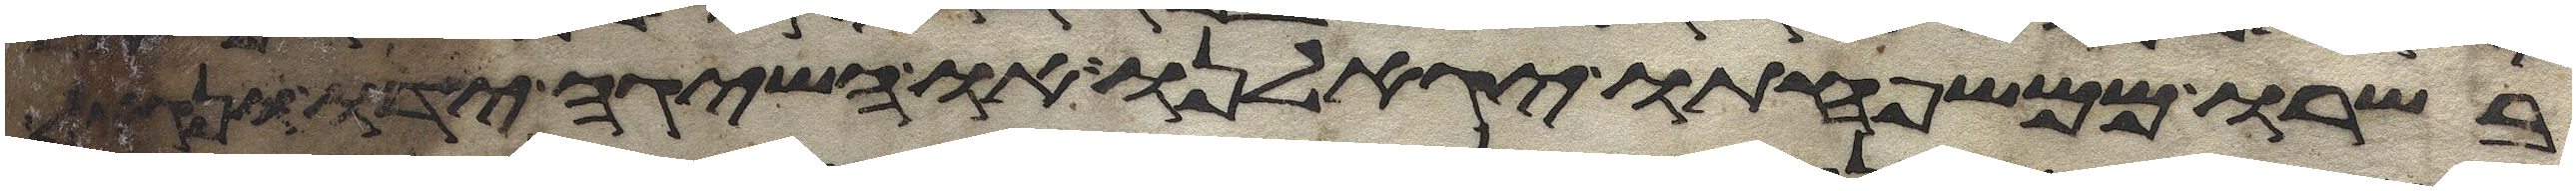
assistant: בשרו ממשפחתו יגאלנו או השיגה ידו ונגאל